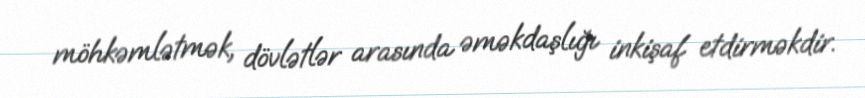
möhkəmlətmək, dövlətlər arasında əməkdaşlığı inkişaf etdirməkdir.